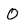
Character: O